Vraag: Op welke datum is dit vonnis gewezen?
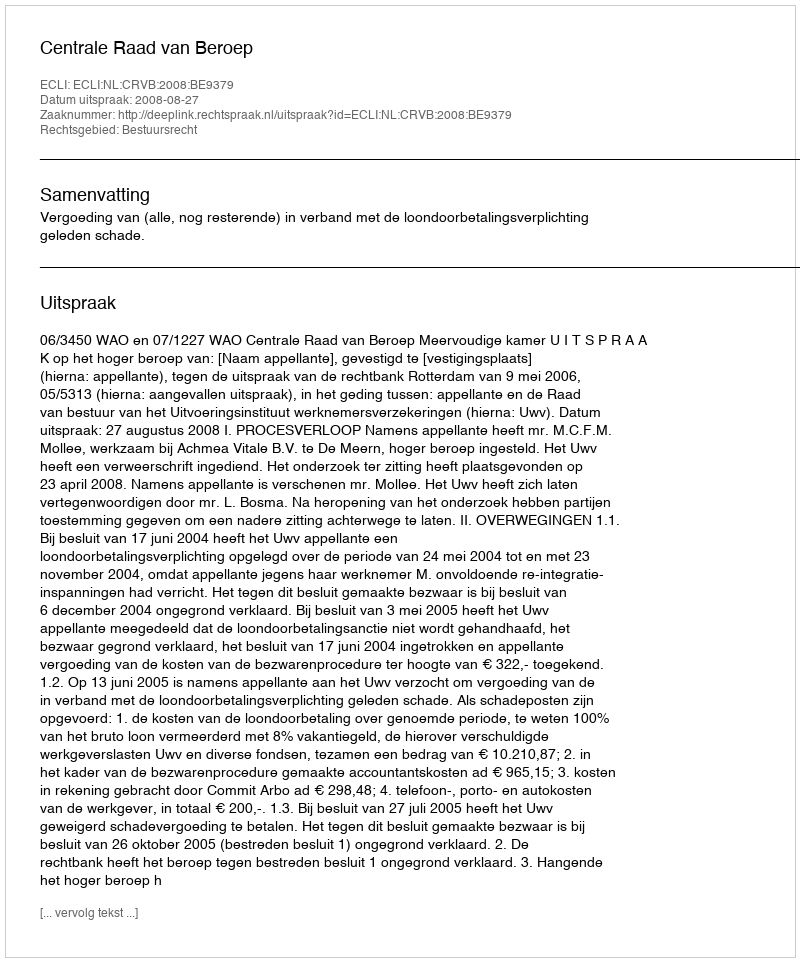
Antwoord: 2008-08-27